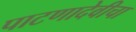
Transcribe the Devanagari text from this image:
पाटणादेवीचा